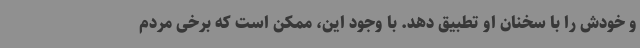
و خودش را با سخنان او تطبیق دهد. با وجود این، ممکن است که برخی مردم